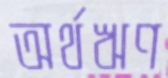
অর্থঋণ